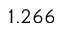
1 . 2 6 6